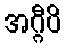
အဂ္ဂီပိ